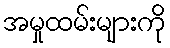
အမှုထမ်းများကို